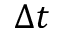
\Delta t